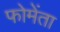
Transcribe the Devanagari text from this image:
फोमेंता